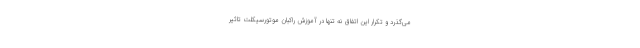
می‌گذرد و تکرار این اتفاق نه تنها در آموزش راکبان موتورسیکلت تاثیر